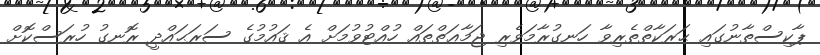
ޕާކިސްތާނުގައި ޙަރަކާތްތެރިވާ ހަނގުރާމަވެރި ޖަމާޢަތްތައް ހުއްޓުވުމަށް އެ ޤައުމުގެ ސަރަޙައްދީ ރޮނގު ހުރަސްކޮށް